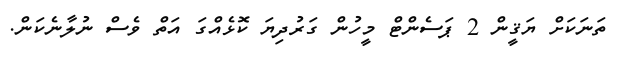
ތަނަކަށް ޔަޤީން 2 ޕަސެންޓް މީހުން ގަރުދިޔަ ކޮޅެއްގަ އަތް ވެސް ނުލާނެކަން.